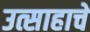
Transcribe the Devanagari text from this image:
उत्साहाचे